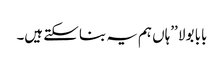
بابا بولا ’’ہاں ہم یہ بنا سکتے ہیں۔